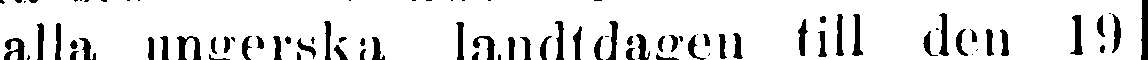
alla ungerska landtdagen till den 19